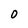
Character: 0